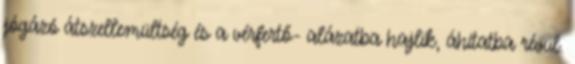
jógázó átszellemültség és a vérfertő- alázatba hajlik, áhítatba révül.